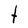
Character: t